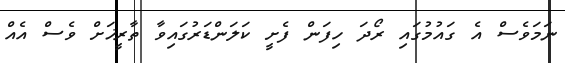
ނަމަވެސް އެ ގައުމުގައި ރޯދަ ހިފަން ފެށީ ކަލަންޑަރުގައިވާ ތާރީޚަށް ވެސް އެއް